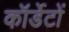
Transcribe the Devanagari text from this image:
कॉर्डेटों